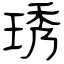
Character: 琇